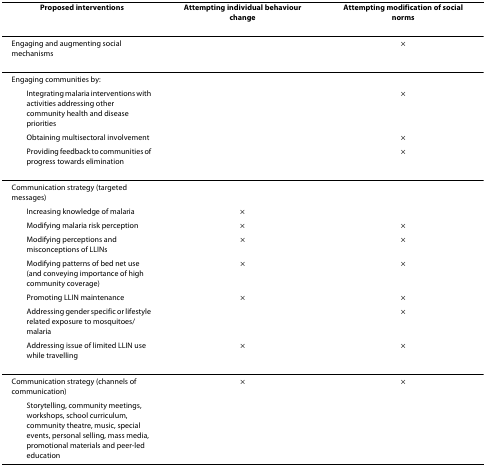
<table><thead><tr><td><b>Proposed interventions</b></td><td><b>Attempting individual behaviour change</b></td><td><b>Attempting modification of social norms</b></td></tr></thead><tbody><tr><td>Engaging and augmenting social mechanisms</td><td></td><td>×</td></tr><tr><td>Engaging communities by:</td><td></td><td></td></tr><tr><td> Integrating malaria interventions with activities addressing other community health and disease priorities</td><td></td><td>×</td></tr><tr><td> Obtaining multisectoral involvement</td><td></td><td>×</td></tr><tr><td> Providing feedback to communities of progress towards elimination</td><td></td><td>×</td></tr><tr><td>Communication strategy (targeted messages)</td><td></td><td></td></tr><tr><td> Increasing knowledge of malaria</td><td>×</td><td></td></tr><tr><td> Modifying malaria risk perception</td><td>×</td><td>×</td></tr><tr><td> Modifying perceptions and misconceptions of LLINs</td><td>×</td><td>×</td></tr><tr><td> Modifying patterns of bed net use (and conveying importance of high community coverage)</td><td>×</td><td>×</td></tr><tr><td> Promoting LLIN maintenance</td><td>×</td><td>×</td></tr><tr><td> Addressing gender specific or lifestyle related exposure to mosquitoes/malaria</td><td></td><td>×</td></tr><tr><td> Addressing issue of limited LLIN use while travelling</td><td>×</td><td>×</td></tr><tr><td>Communication strategy (channels of communication)</td><td>×</td><td>×</td></tr><tr><td> Storytelling, community meetings, workshops, school curriculum, community theatre, music, special events, personal selling, mass media, promotional materials and peer-led education</td><td></td><td></td></tr></tbody></table>